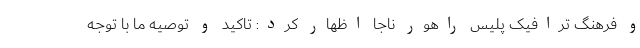
و فرهنگ ترافیک پلیس راهور ناجا اظهار کرد: تاکید و توصیه ما با توجه